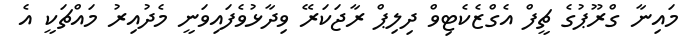
މައިނާ ގްރޫޕުގެ ޗީފް އެގްޒެކެޓިވް ދިލިޕް ރާޖަކަރޭ ވިދާޅުވެފައިވަނީ މެދުއިރު މައްޗަކީ އެ